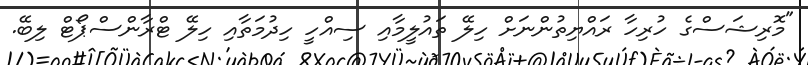
"މޮރިޝަސްގެ ހުރިހާ ރައްޔިތުންނަށް ހިލޭ ތައުލީމާއި ސިއްހީ ހިދުމަތާއި ހިލޭ ޓްރާންސްޕޯޓް ލިބޭ.